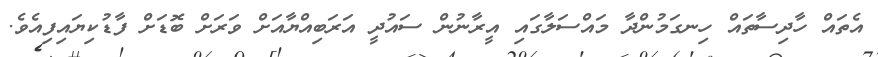
އެތައް ހާދިސާތައް ހިނގަމުންދާ މައްސަލާގައި އީރާނުން ސައުދީ އަރަބިއްޔާއަށް ވަރަށް ބޮޑަށް ފާޑުކިޔައިފިއެވެ.